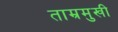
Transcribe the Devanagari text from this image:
ताम्रमुखी